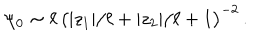
\psi _ { 0 } \sim \ell \, \big ( | z _ { 1 } | / \ell + | z _ { 2 } | / \ell + 1 \big ) ^ { - 2 } \, .